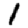
Digit: 1